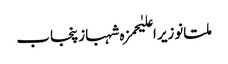
ملتانوزیر اعلیٰحمزہ شہبازپنجاب